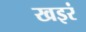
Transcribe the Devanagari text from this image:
खइरं